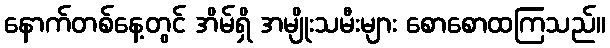
နောက်တစ်နေ့တွင် အိမ်ရှိ အမျိုးသမီးများ စောစောထကြသည်။